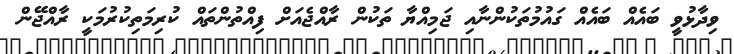
ވިދާޅުވީ ބައެއް ބައެއް ގައުމުތަކުންނާއި ޖަމިއްޔާ ތަކުން ރާއްޖެއަށް ފިއްތުންތައް ކުރިމަތިކުރުމަކީ ރާއްޖޭން